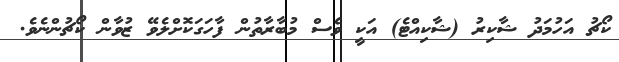
ކޯޗު އަހުމަދު ޝާކިރު (ޝާކިއްޓެ) އަކީ ވެސް މުބާރާތުން ފާހަގަކޮށްލެވޭ ޒުވާން ކޯޗުންނެވެ.